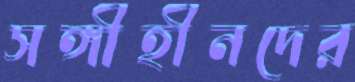
সঙ্গীহীনদের